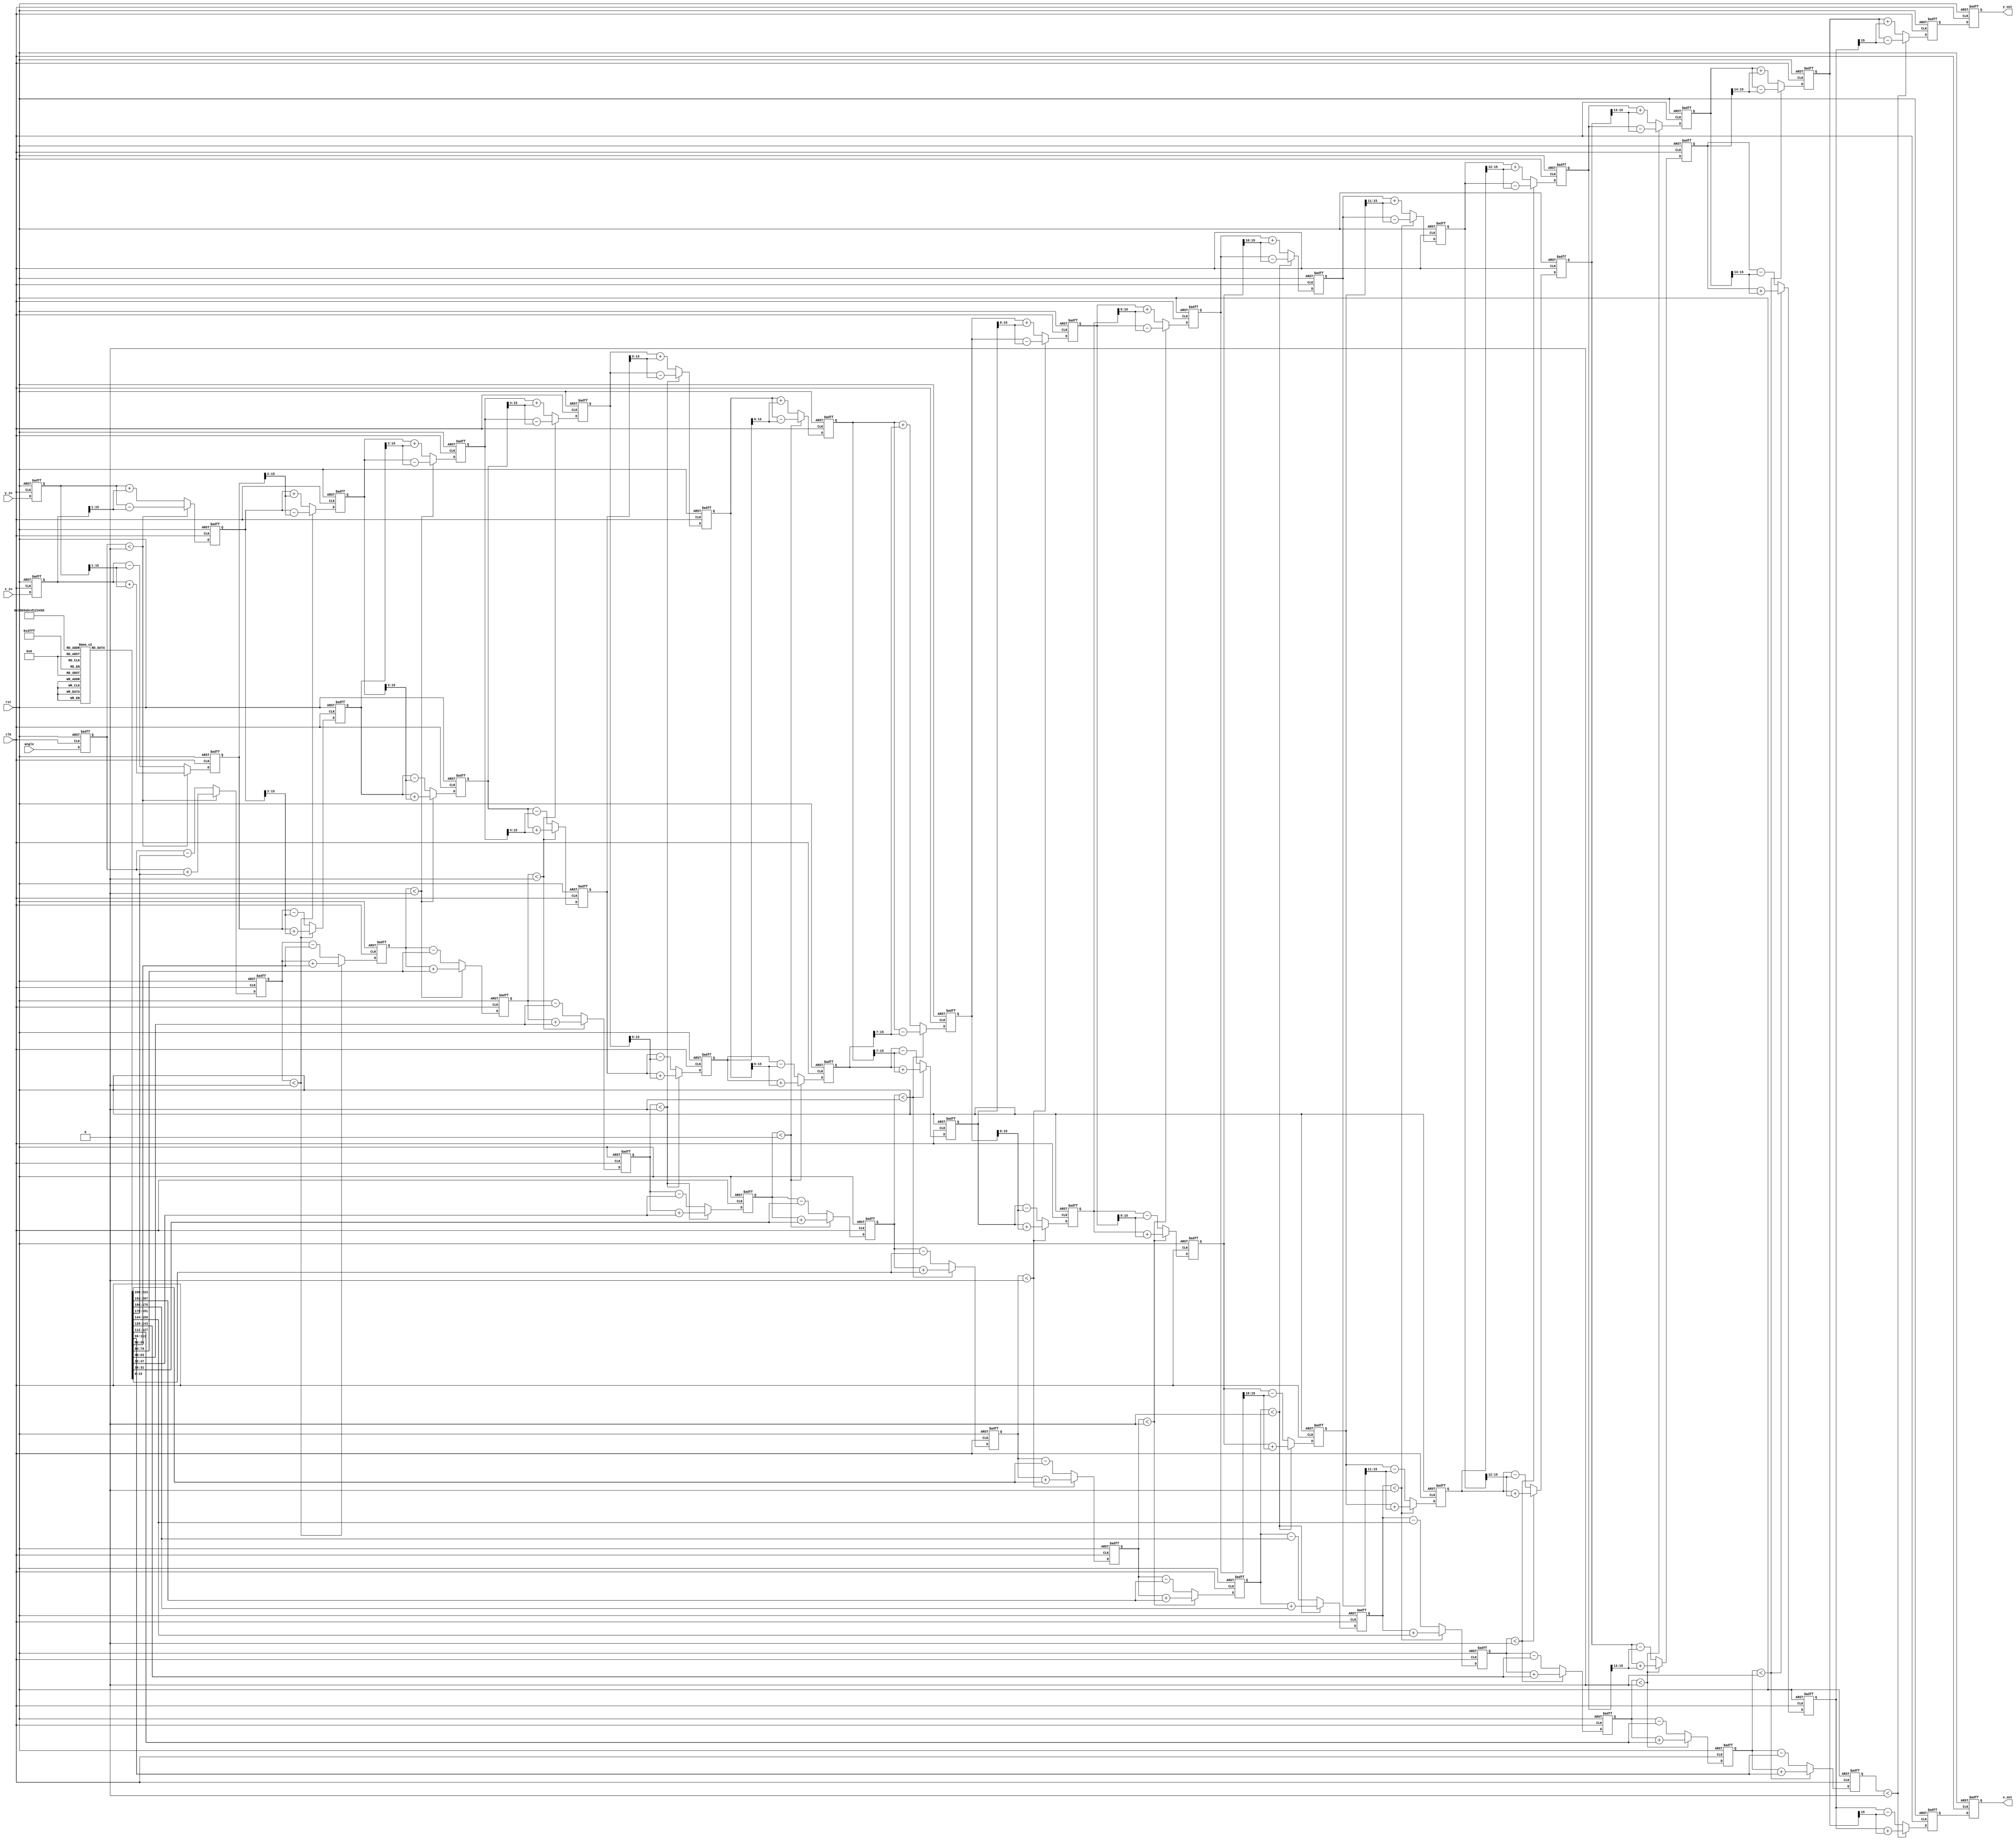
module pipelined_cordic #(
    parameter WIDTH = 16,        // Bit-width for fixed-point representation
    parameter STAGES = 16        // Number of pipeline stages
)(
    input wire clk,
    input wire rst,
    input wire [WIDTH-1:0] angle, // Input angle in fixed-point format
    input wire [WIDTH-1:0] x_in,   // Initial X coordinate
    input wire [WIDTH-1:0] y_in,   // Initial Y coordinate
    output reg [WIDTH-1:0] x_out,  // Rotated X coordinate
    output reg [WIDTH-1:0] y_out    // Rotated Y coordinate
);

    // Internal registers for pipeline stages
    reg [WIDTH-1:0] x_reg [0:STAGES-1];
    reg [WIDTH-1:0] y_reg [0:STAGES-1];
    reg [WIDTH-1:0] angle_reg [0:STAGES-1];

    // CORDIC rotation angles (arctan(2^-i))
    reg [WIDTH-1:0] atan_table [0:STAGES-1];
    initial begin
        // Initialize the arctan lookup table
        atan_table[0] = 16'h26DD; // arctan(1)
        atan_table[1] = 16'h1C71; // arctan(0.5)
        atan_table[2] = 16'h143D; // arctan(0.25)
        // ... Fill in the rest of the table
        atan_table[15] = 16'h0001; // arctan(2^-15)
    end

    // Pipeline logic
    integer i;
    always @(posedge clk or posedge rst) begin
        if (rst) begin
            // Reset all pipeline registers
            for (i = 0; i < STAGES; i = i + 1) begin
                x_reg[i] <= 0;
                y_reg[i] <= 0;
                angle_reg[i] <= 0;
            end
            x_out <= 0;
            y_out <= 0;
        end else begin
            // Stage 0: Initialize input values
            x_reg[0] <= x_in;
            y_reg[0] <= y_in;
            angle_reg[0] <= angle;

            // Pipeline stages
            for (i = 1; i < STAGES; i = i + 1) begin
                // Perform rotation: x' = x - y * 2^-i, y' = y + x * 2^-i
                if (angle_reg[i-1] < 0) begin
                    x_reg[i] <= x_reg[i-1] + (y_reg[i-1] >>> i);
                    y_reg[i] <= y_reg[i-1] - (x_reg[i-1] >>> i);
                    angle_reg[i] <= angle_reg[i-1] + atan_table[i-1];
                end else begin
                    x_reg[i] <= x_reg[i-1] - (y_reg[i-1] >>> i);
                    y_reg[i] <= y_reg[i-1] + (x_reg[i-1] >>> i);
                    angle_reg[i] <= angle_reg[i-1] - atan_table[i-1];
                end
            end

            // Output from the last stage
            x_out <= x_reg[STAGES-1];
            y_out <= y_reg[STAGES-1];
        end
    end
endmodule